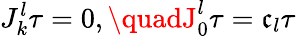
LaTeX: J_{k}^{l}\tau=0,\quadJ_{0}^{l}\tau=\mathfrak{c}_{l}\tau